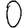
Digit: 0